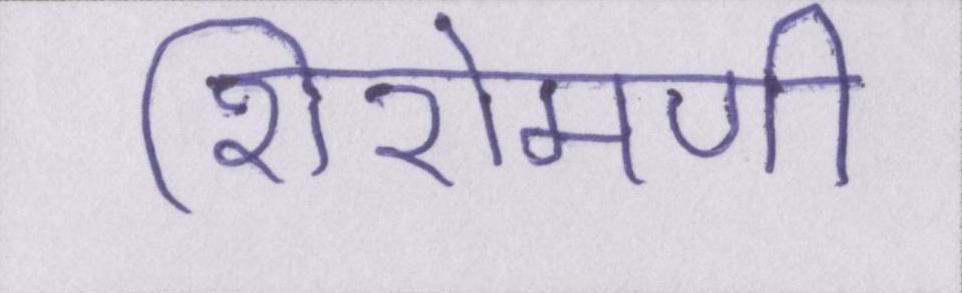
शिरोमणी